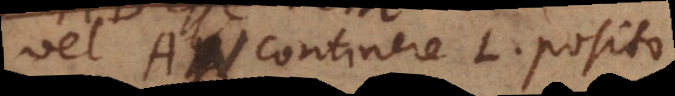
vel AN continere L, posito